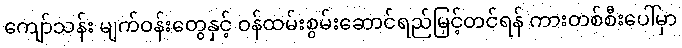
ကျော်သန်း မျက်ဝန်းတွေနှင့် ဝန်ထမ်းစွမ်းဆောင်ရည်မြှင့်တင်ရန် ကားတစ်စီးပေါ်မှာ